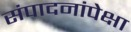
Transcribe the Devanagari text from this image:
संपादनांपेक्षा